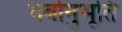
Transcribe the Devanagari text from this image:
गर्वानुभूति